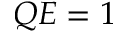
Q E = 1